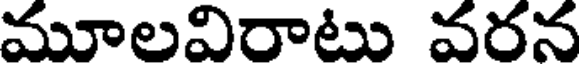
మూలవిరాటు వరన